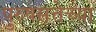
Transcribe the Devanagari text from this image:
पुरुषसत्तेच्या